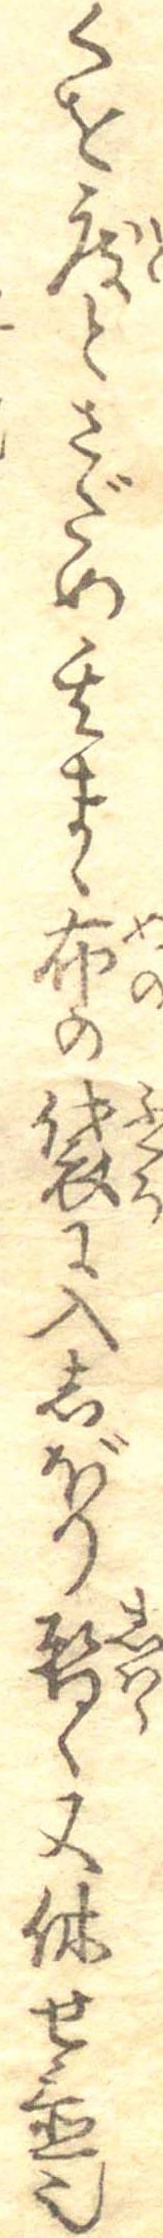
くを度とさだめ其まゝ布の袋に入しぼり暫く又休せ置也